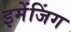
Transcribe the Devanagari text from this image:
इमेंजिंग